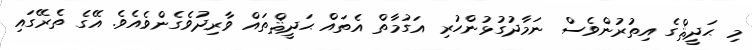
މި ޙަދީޘްގެ އިތުރުންވެސް ނަމާދުގުޅުންހުރި އަގުމާތް އެތައް ޙަދީޘްތައް ވާރިދުވެގެންވެއެވެ. އޭގެ ތެރޭގައި